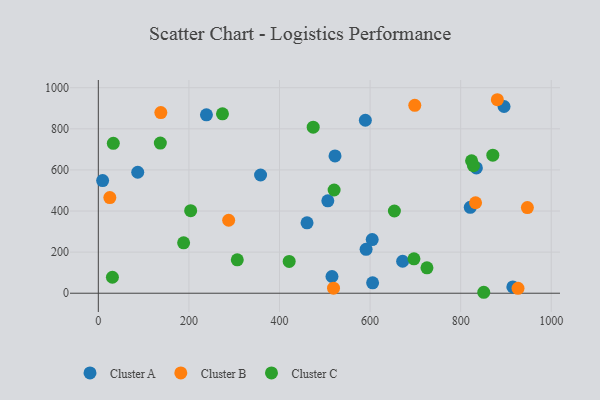
{"axis": {"x": "Experience", "y": "Profit"}, "legend": ["Cluster A", "Cluster B", "Cluster C"], "data": [{"x": "515.9", "y": 81.3, "type": "Cluster A"}, {"x": "522.6", "y": 668.2, "type": "Cluster A"}, {"x": "915.2", "y": 30.5, "type": "Cluster A"}, {"x": "9.5", "y": 548.4, "type": "Cluster A"}, {"x": "591.2", "y": 213.5, "type": "Cluster A"}, {"x": "506.7", "y": 449.7, "type": "Cluster A"}, {"x": "895.8", "y": 908.7, "type": "Cluster A"}, {"x": "604.7", "y": 261.1, "type": "Cluster A"}, {"x": "605.6", "y": 50.5, "type": "Cluster A"}, {"x": "460.8", "y": 342.4, "type": "Cluster A"}, {"x": "671.9", "y": 155.5, "type": "Cluster A"}, {"x": "87.0", "y": 588.7, "type": "Cluster A"}, {"x": "834.7", "y": 609.8, "type": "Cluster A"}, {"x": "589.6", "y": 841.8, "type": "Cluster A"}, {"x": "238.7", "y": 868.2, "type": "Cluster A"}, {"x": "821.2", "y": 418.1, "type": "Cluster A"}, {"x": "358.2", "y": 575.4, "type": "Cluster A"}, {"x": "698.7", "y": 914.5, "type": "Cluster B"}, {"x": "926.6", "y": 23.7, "type": "Cluster B"}, {"x": "138.0", "y": 879.2, "type": "Cluster B"}, {"x": "947.3", "y": 416.6, "type": "Cluster B"}, {"x": "25.4", "y": 465.6, "type": "Cluster B"}, {"x": "832.9", "y": 440.3, "type": "Cluster B"}, {"x": "519.3", "y": 24.6, "type": "Cluster B"}, {"x": "881.0", "y": 941.6, "type": "Cluster B"}, {"x": "287.8", "y": 355.1, "type": "Cluster B"}, {"x": "696.9", "y": 167.5, "type": "Cluster C"}, {"x": "136.9", "y": 730.5, "type": "Cluster C"}, {"x": "520.6", "y": 502.4, "type": "Cluster C"}, {"x": "474.4", "y": 808.2, "type": "Cluster C"}, {"x": "828.3", "y": 620.6, "type": "Cluster C"}, {"x": "824.1", "y": 644.4, "type": "Cluster C"}, {"x": "653.7", "y": 400.1, "type": "Cluster C"}, {"x": "421.4", "y": 154.6, "type": "Cluster C"}, {"x": "203.9", "y": 401.5, "type": "Cluster C"}, {"x": "851.0", "y": 4.6, "type": "Cluster C"}, {"x": "871.0", "y": 672.0, "type": "Cluster C"}, {"x": "33.1", "y": 729.6, "type": "Cluster C"}, {"x": "31.1", "y": 77.8, "type": "Cluster C"}, {"x": "306.8", "y": 162.7, "type": "Cluster C"}, {"x": "274.1", "y": 872.9, "type": "Cluster C"}, {"x": "725.6", "y": 123.4, "type": "Cluster C"}, {"x": "188.3", "y": 245.0, "type": "Cluster C"}]}